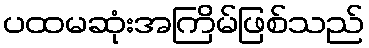
ပထမဆုံးအကြိမ်ဖြစ်သည်